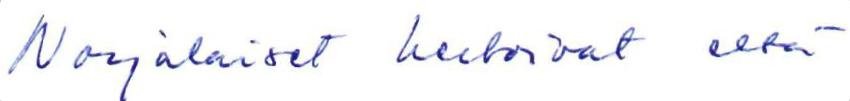
Norjalaiset kertoivat että